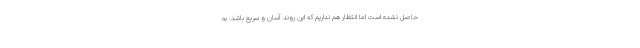
حاصل نشده است اما انتظار هم نداریم که این روند آسان و سریع باشد. به